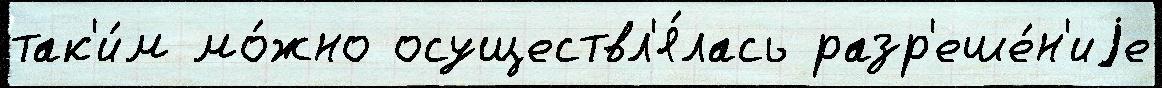
так'и́м мо́жно осуществл'я́лась разр'еше́н'иjе